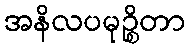
အနိလပမုဉ္စိတာ